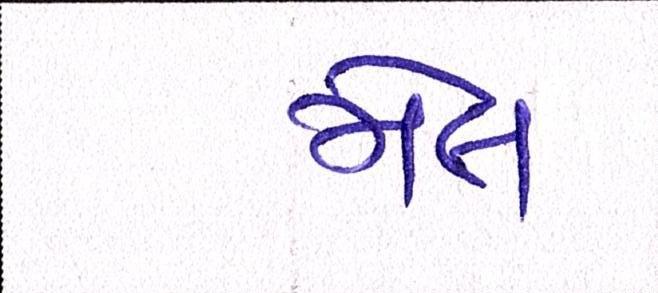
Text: મેલ